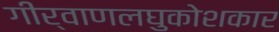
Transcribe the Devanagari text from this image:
गीर्वाणलघुकोशकार